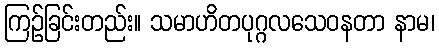
ကြဉ်ခြင်းတည်း။ သမာဟိတပုဂ္ဂလသေဝနတာ နာမ၊